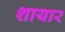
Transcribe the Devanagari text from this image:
शायार